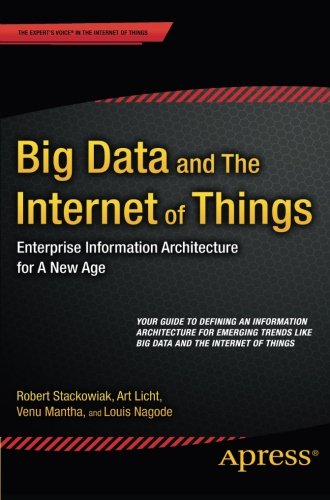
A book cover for Big Data and The Internet of Things: Enterprise Information Architecture for A New Age; Robert Stackowiak; Business & Money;